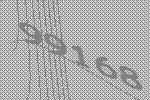
99168